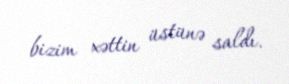
bizim xəttin üstünə saldı.